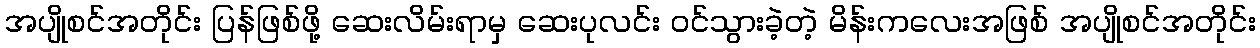
အပျိုစင်အတိုင်း ပြန်ဖြစ်ဖို့ ဆေးလိမ်းရာမှ ဆေးပုလင်း ဝင်သွားခဲ့တဲ့ မိန်းကလေးအဖြစ် အပျိုစင်အတိုင်း